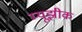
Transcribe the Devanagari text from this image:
म्यूझीक